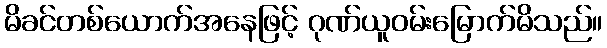
မိခင်တစ်ယောက်အနေဖြင့် ဂုဏ်ယူဝမ်းမြောက်မိသည်။